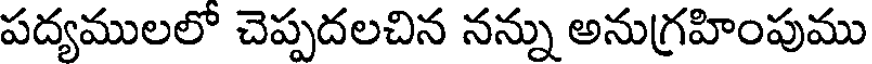
పద్యములలో చెప్పదలచిన నన్ను అనుగ్రహింపుము